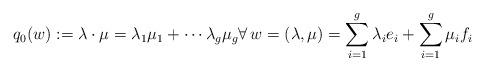
LaTeX: \begin{align*}q_0(w): = \lambda \cdot \mu = \lambda_1 \mu_1 + \cdots \lambda_g \mu_g \forall \, w = (\lambda, \mu)= \sum_{i=1}^g\lambda_ie_i + \sum_{i=1}^g\mu_if_i \end{align*}